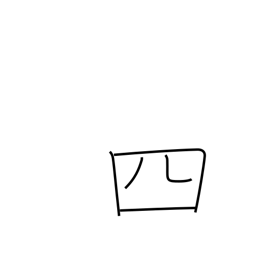
Meaning: four